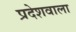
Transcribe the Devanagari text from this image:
प्रदेशवाला